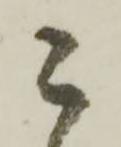
こ